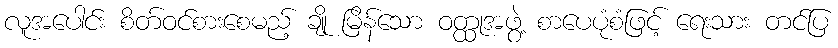
လူအပေါင်း စိတ်ဝင်စားစေမည့် ချို မြိန်သော ဝတ္ထုအဖွဲ့ စာပေပုံစံဖြင့် ရေးသား တင်ပြ